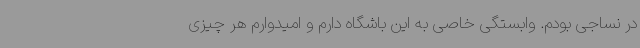
در نساجی بودم. وابستگی خاصی به این باشگاه دارم و امیدوارم هر چیزی